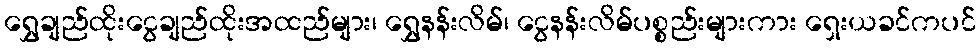
ရွှေချည်ထိုးငွေချည်ထိုးအထည်များ၊ ရွှေနန်းလိမ်၊ ငွေနန်းလိမ်ပစ္စည်းများကား ရှေးယခင်ကပင်